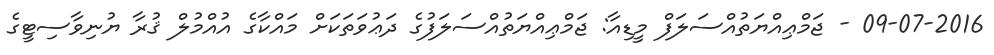
09-07-2016 - ޖަމްޢިއްޔަތުއްސަލަފް މީޑިއާ: ޖަމްޢިއްޔަތުއްްސަލަފުގެ ދަޢުވަތަކަށް މައްކާގެ އުއްމުލް ޤުރާ ޔުނިވާސިޓީގެ